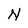
Character: N